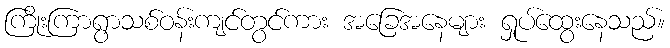
ကြိုးကြာရွာသစ်ဝန်းကျင်တွင်ကား အခြေအနေများ ရှုပ်ထွေးနေသည်။